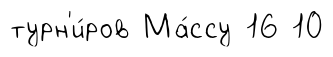
турн'и́ров Ма́ссу 16 10